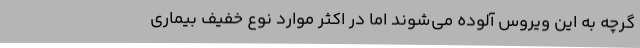
گرچه به این ویروس آلوده می‌شوند اما در اکثر موارد نوع خفیف بیماری